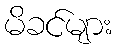
မိခင်များ